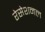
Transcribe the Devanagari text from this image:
रेसेशनल